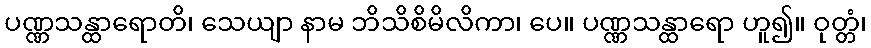
ပဏ္ဏသန္ထာရောတိ၊ သေယျာ နာမ ဘိသိစိမိလိကာ၊ ပေ။ ပဏ္ဏသန္ထာရော ဟူ၍။ ဝုတ္တံ၊